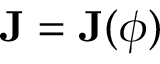
\mathbf { J } = \mathbf { J } ( \phi )